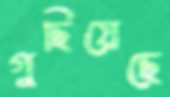
গুছিয়েছে